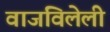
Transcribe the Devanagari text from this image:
वाजविलेली